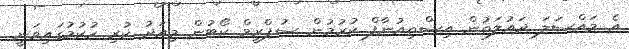
އެ މައްސަލަ ދައުލަތުން އިސްތިއުނާފް ކުރުމުން ސުޕްރީމް ކޯޓުން މިއަދު ކުރި ހުކުމުގައިވަނީ